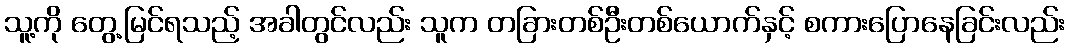
သူ့ကို တွေ့မြင်ရသည့် အခါတွင်လည်း သူက တခြားတစ်ဦးတစ်ယောက်နှင့် စကားပြောနေခြင်းလည်း